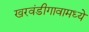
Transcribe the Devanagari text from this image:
खरवंडीगावामध्ये